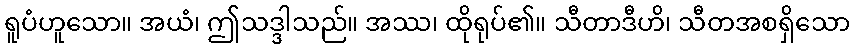
ရူပံဟူသော။ အယံ၊ ဤသဒ္ဒါသည်။ အဿ၊ ထိုရုပ်၏။ သီတာဒီဟိ၊ သီတအစရှိသော